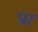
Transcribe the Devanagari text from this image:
प्रार